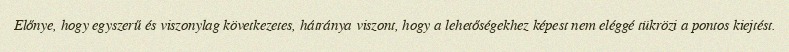
Előnye, hogy egyszerű és viszonylag következetes, hátránya viszont, hogy a lehetőségekhez képest nem eléggé tükrözi a pontos kiejtést.